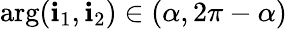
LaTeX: \arg(\mathbf{i}_{1},\mathbf{i}_{2})\in(\alpha,2\pi-\alpha)